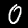
Digit: 0